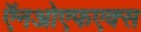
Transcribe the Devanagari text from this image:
ऍनओएफएक्स